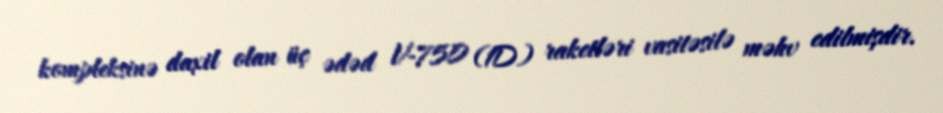
kompleksinə daxil olan üç ədəd V-750 (1D) raketləri vasitəsilə məhv edilmişdir.